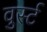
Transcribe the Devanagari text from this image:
वुर्स्ट